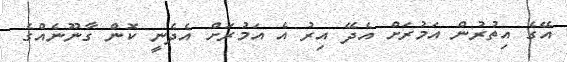
އޭގެ އިތުރުން އަމުރަށް އެދޭ އިރު އެ އަމުރަށް އެދެނީ ކޮން ގާނޫނެއްގެ